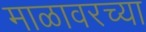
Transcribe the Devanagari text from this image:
माळावरच्या